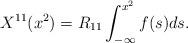
LaTeX: \begin{align*}X^{11}(x^2)=R_{11}\int^{x^2}_{-\infty}f(s)ds .\end{align*}